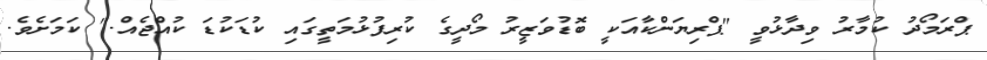
ޕްރަމޯދު ކުމާރު ވިދާޅުވީ "ޕްރިޔަންކާއަކީ ބޮޑުވަޒީރު މޯދީގެ ކުރިފުޅުމަތީގައި ކުޑަކުޑަ ކުއްޖެއް." ކަމަށެވެ.